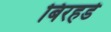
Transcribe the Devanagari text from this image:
बिरहडे